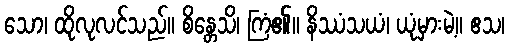
သော၊ ထိုလုလင်သည်။ စိန္တေသိ၊ ကြံ၏။ နိဿံသယံ၊ ယုံမှားမဲ့။ ဧသ၊